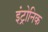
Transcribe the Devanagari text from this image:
इंट्रोनिक